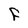
Character: F